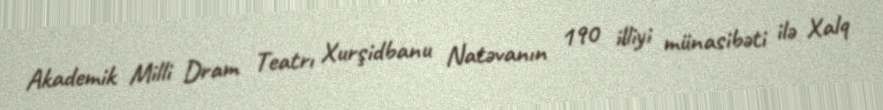
Akademik Milli Dram Teatrı Xurşidbanu Natəvanın 190 illiyi münasibəti ilə Xalq